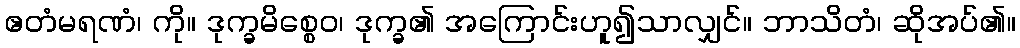
ဧတံမရဏံ၊ ကို။ ဒုက္ခမိစ္စေဝ၊ ဒုက္ခ၏ အကြောင်းဟူ၍သာလျှင်။ ဘာသိတံ၊ ဆိုအပ်၏။